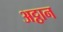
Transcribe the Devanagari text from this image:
अट्ठान